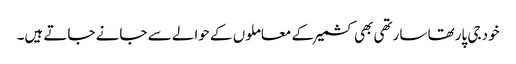
خود جی پارتھا سارتھی بھی کشمیر کے معاملوں کے حوالے سے جانے جاتے ہیں۔